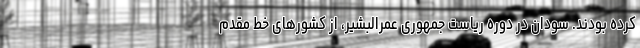
کرده بودند. سودان در دوره ریاست جمهوری عمرالبشیر، از کشورهای خط مقدم